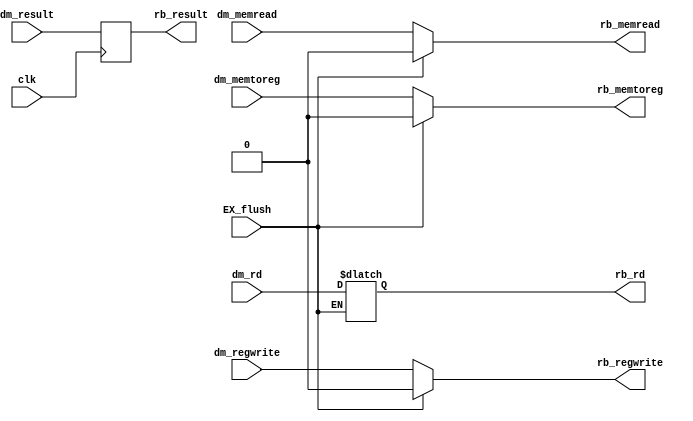
///temporary register between memory and write back///
module MEM_WB_Reg#(parameter d_size=32,ad_size=32)(
  //extra signals to be transfered
  input clk,
  input  dm_regwrite,dm_memtoreg,
  input [d_size-1:0] dm_result,
  input dm_memread,
  input EX_flush,
  input [4:0] dm_rd,
  
  output reg [d_size-1:0] rb_result,
  output reg rb_regwrite,rb_memtoreg,rb_memread,
  output reg [4:0] rb_rd
);
  //excessive transfering of signals  as data from behnid ends here but from here new data starts
  always@*
    begin
      // Hazard control - in case of branch/jump hazards, reset WB, MEM and EX control signals to 0 
        // leave the addr, data and reg content unchanged
      if (EX_flush == 1)
        begin
            rb_regwrite <= 1'b0;
            rb_memtoreg <= 1'b0;
            rb_memread <= 1'b0;
        end
      else
        begin
            //signals
           rb_regwrite <= dm_regwrite;
           rb_memtoreg <= dm_memtoreg;
           rb_memread <= dm_memread;

           //data
           rb_rd=dm_rd;
        end
    end
  always@(posedge clk)
    begin
           rb_result = dm_result;
    end
endmodule